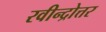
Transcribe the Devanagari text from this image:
रवीन्द्रोत्तर